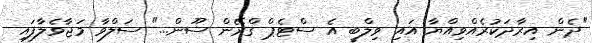
"ދެން އިރާދަކުރެއްވިއްޔާ އައި ވިލްބީ އެ ސްޓެޕް ގްރޭން ސޫން..." ސަލްވާ މަޖާވެލާފައި